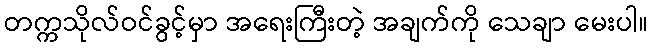
တက္ကသိုလ်ဝင်ခွင့်မှာ အရေးကြီးတဲ့ အချက်ကို သေချာ မေးပါ။